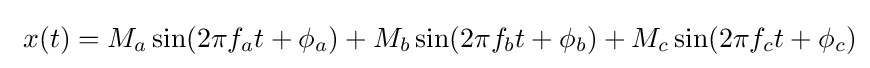
\ x(t)=M_{a}\sin(2\pi f_{a}t+\phi _{a})+M_{b}\sin(2\pi f_{b}t+\phi _{b})+M_{c}\sin(2\pi f_{c}t+\phi _{c})